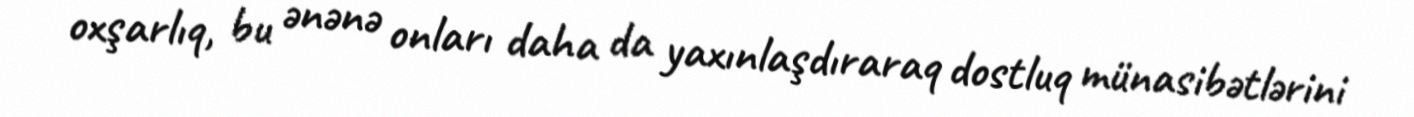
oxşarlıq, bu ənənə onları daha da yaxınlaşdıraraq dostluq münasibətlərini